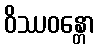
ဝိဿဝန္တော